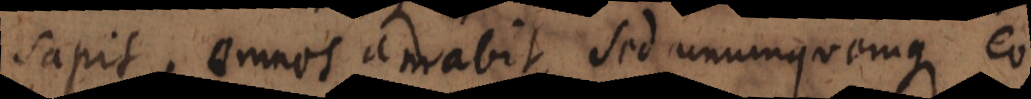
sapit, omnes amabit, sed unumquemque eo